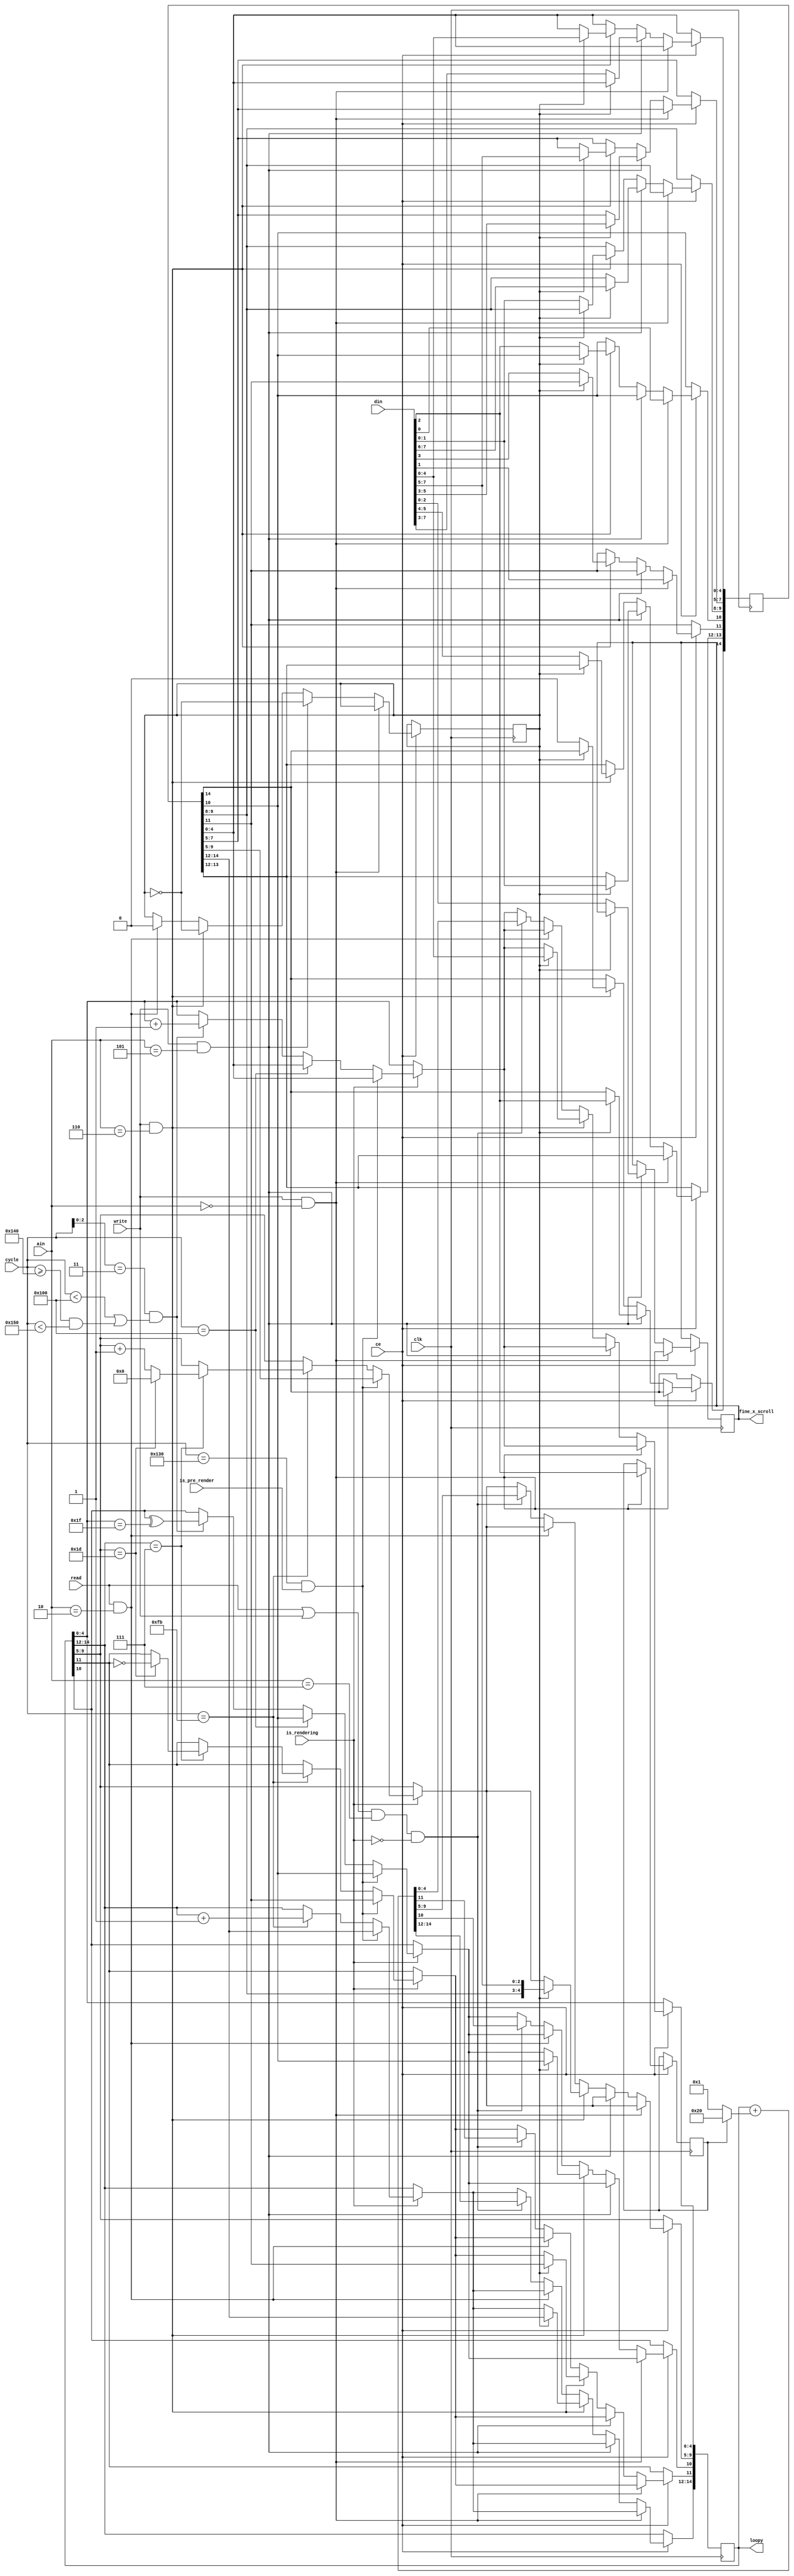
// Copyright (c) 2012-2013 Ludvig Strigeus
// This program is GPL Licensed. See COPYING for the full license.

// Module handles updating the loopy scroll register
module LoopyGen(input clk, input ce,
                input is_rendering,
                input [2:0] ain,   // input address from CPU
                input [7:0] din,   // data input
                input read,        // read
                input write,       // write
                input is_pre_render, // Is this the pre-render scanline
                input [8:0] cycle,
                output [14:0] loopy,
                output [2:0] fine_x_scroll);  // Current loopy value
  // Controls how much to increment on each write
  reg ppu_incr; // 0 = 1, 1 = 32
  // Current VRAM address
  reg [14:0] loopy_v;
  // Temporary VRAM address
  reg [14:0] loopy_t;
  // Fine X scroll (3 bits)
  reg [2:0] loopy_x;
  // Latch
  reg ppu_address_latch;
  initial begin
    ppu_incr = 0;
    loopy_v = 0;
    loopy_t = 0;
    loopy_x = 0;
    ppu_address_latch = 0;
  end
  // Handle updating loopy_t and loopy_v
  always @(posedge clk) if (ce) begin
    if (is_rendering) begin
      // Increment course X scroll right after attribute table byte was fetched.
      if (cycle[2:0] == 3 && (cycle < 256 || cycle >= 320 && cycle < 336)) begin
        loopy_v[4:0] <= loopy_v[4:0] + 1;
        loopy_v[10] <= loopy_v[10] ^ (loopy_v[4:0] == 31);
      end

      // Vertical Increment
      if (cycle == 251) begin
        loopy_v[14:12] <= loopy_v[14:12] + 1;
        if (loopy_v[14:12] == 7) begin
          if (loopy_v[9:5] == 29) begin
            loopy_v[9:5] <= 0;
            loopy_v[11] <= !loopy_v[11];
          end else begin
            loopy_v[9:5] <= loopy_v[9:5] + 1;
          end
        end
      end

      // Horizontal Reset at cycle 257
      if (cycle == 256)
        {loopy_v[10], loopy_v[4:0]} <= {loopy_t[10], loopy_t[4:0]};

      // On cycle 256 of each scanline, copy horizontal bits from loopy_t into loopy_v
      // On cycle 304 of the pre-render scanline, copy loopy_t into loopy_v
      if (cycle == 304 && is_pre_render) begin
        loopy_v <= loopy_t;
      end
    end
    if (write && ain == 0) begin
      loopy_t[10] <= din[0];
      loopy_t[11] <= din[1];
      ppu_incr <= din[2];
    end else if (write && ain == 5) begin
      if (!ppu_address_latch) begin
        loopy_t[4:0] <= din[7:3];
        loopy_x <= din[2:0];
      end else begin
        loopy_t[9:5] <= din[7:3];
        loopy_t[14:12] <= din[2:0];
      end
      ppu_address_latch <= !ppu_address_latch;
    end else if (write && ain == 6) begin
      if (!ppu_address_latch) begin
        loopy_t[13:8] <= din[5:0];
        loopy_t[14] <= 0;
      end else begin
        loopy_t[7:0] <= din;
        loopy_v <= {loopy_t[14:8], din};
      end
      ppu_address_latch <= !ppu_address_latch;
    end else if (read && ain == 2) begin
      ppu_address_latch <= 0; //Reset PPU address latch
    end else if ((read || write) && ain == 7 && !is_rendering) begin
      // Increment address every time we accessed a reg
      loopy_v <= loopy_v + (ppu_incr ? 32 : 1);
    end
  end
  assign loopy = loopy_v;
  assign fine_x_scroll = loopy_x;
endmodule


// Generates the current scanline / cycle counters
module ClockGen(input clk, input ce, input reset,
                input is_rendering,
                output reg [8:0] scanline,
                output reg [8:0] cycle,
                output reg is_in_vblank,
                output end_of_line,
                output at_last_cycle_group,
                output exiting_vblank,
                output entering_vblank,
                output reg is_pre_render);
  reg second_frame;

  // Scanline 0..239 = picture scan lines
  // Scanline 240 = dummy scan line
  // Scanline 241..260 = VBLANK
  // Scanline -1 = Pre render scanline (Fetches objects for next line)
  assign at_last_cycle_group = (cycle[8:3] == 42);
  // Every second pre-render frame is only 340 cycles instead of 341.
  assign end_of_line = at_last_cycle_group && cycle[3:0] == (is_pre_render && second_frame && is_rendering ? 3 : 4);
  // Set the clock right before vblank begins
  assign entering_vblank = end_of_line && scanline == 240;
  // Set the clock right before vblank ends
  assign exiting_vblank = end_of_line && scanline == 260;
  // New value for is_in_vblank flag
  wire new_is_in_vblank = entering_vblank ? 1'b1 : exiting_vblank ? 1'b0 : is_in_vblank;
  // Set if the current line is line 0..239
  always @(posedge clk) if (reset) begin
    cycle <= 0;
    is_in_vblank <= 1;
  end else if (ce) begin
    cycle <= end_of_line ? 0 : cycle + 1;
    is_in_vblank <= new_is_in_vblank;
  end
//  always @(posedge clk) if (ce) begin
//    $write("%x %x %x %x %x\n", new_is_in_vblank, entering_vblank, exiting_vblank, is_in_vblank, entering_vblank ? 1'b1 : exiting_vblank ? 1'b0 : is_in_vblank);

//  end
  always @(posedge clk) if (reset) begin
    scanline <= 0;
    is_pre_render <= 0;
    second_frame <= 0;
  end else if (ce && end_of_line) begin
    // Once the scanline counter reaches end of 260, it gets reset to -1.
    scanline <= exiting_vblank ? 9'b111111111 : scanline + 1;
    // The pre render flag is set while we're on scanline -1.
    is_pre_render <= exiting_vblank;

    if (exiting_vblank)
      second_frame <= !second_frame;
  end

endmodule // ClockGen

// 8 of these exist, they are used to output sprites.
module Sprite(input clk, input ce,
              input enable,
              input [3:0] load,
              input [26:0] load_in,
              output [26:0] load_out,
              output [4:0] bits); // Low 4 bits = pixel, high bit = prio
  reg [1:0] upper_color; // Upper 2 bits of color
  reg [7:0] x_coord;     // X coordinate where we want things
  reg [7:0] pix1, pix2;  // Shift registers, output when x_coord == 0
  reg aprio;             // Current prio
  wire active = (x_coord == 0);
  always @(posedge clk) if (ce) begin
    if (enable) begin
      if (!active) begin
        // Decrease until x_coord is zero.
        x_coord <= x_coord - 8'h01;
      end else begin
        pix1 <= pix1 >> 1;
        pix2 <= pix2 >> 1;
      end
    end
    if (load[3]) pix1 <= load_in[26:19];
    if (load[2]) pix2 <= load_in[18:11];
    if (load[1]) x_coord <= load_in[10:3];
    if (load[0]) {upper_color, aprio} <= load_in[2:0];
  end
  assign bits = {aprio, upper_color, active && pix2[0], active && pix1[0]};
  assign load_out = {pix1, pix2, x_coord, upper_color, aprio};
endmodule  // SpriteGen

// This contains all 8 sprites. Will return the pixel value of the highest prioritized sprite.
// When load is set, and clocked, load_in is loaded into sprite 7 and all others are shifted down.
// Sprite 0 has highest prio.
// 226 LUTs, 68 Slices
module SpriteSet(input clk, input ce,   // Input clock
                 input enable,          // Enable pixel generation
                 input [3:0] load,      // Which parts of the state to load/shift.
                 input [26:0] load_in,  // State to load with
                 output [4:0] bits,     // Output bits
                 output is_sprite0);    // Set to true if sprite #0 was output

  wire [26:0] load_out7, load_out6, load_out5, load_out4, load_out3, load_out2, load_out1, load_out0;
  wire [4:0] bits7, bits6, bits5, bits4, bits3, bits2, bits1, bits0;
  Sprite sprite7(clk, ce, enable, load, load_in,   load_out7, bits7);
  Sprite sprite6(clk, ce, enable, load, load_out7, load_out6, bits6);
  Sprite sprite5(clk, ce, enable, load, load_out6, load_out5, bits5);
  Sprite sprite4(clk, ce, enable, load, load_out5, load_out4, bits4);
  Sprite sprite3(clk, ce, enable, load, load_out4, load_out3, bits3);
  Sprite sprite2(clk, ce, enable, load, load_out3, load_out2, bits2);
  Sprite sprite1(clk, ce, enable, load, load_out2, load_out1, bits1);
  Sprite sprite0(clk, ce, enable, load, load_out1, load_out0, bits0);
  // Determine which sprite is visible on this pixel.
  assign bits = bits0[1:0] != 0 ? bits0 :
                bits1[1:0] != 0 ? bits1 :
                bits2[1:0] != 0 ? bits2 :
                bits3[1:0] != 0 ? bits3 :
                bits4[1:0] != 0 ? bits4 :
                bits5[1:0] != 0 ? bits5 :
                bits6[1:0] != 0 ? bits6 :
                                  bits7;
  assign is_sprite0 = bits0[1:0] != 0;
endmodule  // SpriteSet

module SpriteRAM(input clk, input ce,
                 input reset_line,          // OAM evaluator needs to be reset before processing is started.
                 input sprites_enabled,     // Set to 1 if evaluations are enabled
                 input exiting_vblank,      // Set to 1 when exiting vblank so spr_overflow can be reset
                 input obj_size,            // Set to 1 if objects are 16 pixels.
                 input [8:0] scanline,      // Current scan line (compared against Y)
                 input [8:0] cycle,         // Current cycle.
                 output reg [7:0] oam_bus,  // Current value on the OAM bus, returned to NES through $2004.
                 input oam_ptr_load,        // Load oam with specified value, when writing to NES $2003.
                 input oam_load,            // Load oam_ptr with specified value, when writing to NES $2004.
                 input [7:0] data_in,       // New value for oam or oam_ptr
                 output reg spr_overflow,   // Set to true if we had more than 8 objects on a scan line. Reset when exiting vblank.
                 output reg sprite0);       // True if sprite#0 is included on the scan line currently being painted.
  reg [7:0] sprtemp[0:31];   // Sprite Temporary Memory. 32 bytes.
  reg [7:0] oam[0:255];      // Sprite OAM. 256 bytes.
  reg [7:0] oam_ptr;         // Pointer into oam_ptr.
  reg [2:0] p;               // Upper 3 bits of pointer into temp, the lower bits are oam_ptr[1:0].
  reg [1:0] state;           // Current state machine state
  wire [7:0] oam_data = oam[oam_ptr];
  // Compute the current address we read/write in sprtemp.
  reg [4:0] sprtemp_ptr;
  // Check if the current Y coordinate is inside.
  wire [8:0] spr_y_coord = scanline - {1'b0, oam_data};
  wire spr_is_inside = (spr_y_coord[8:4] == 0) && (obj_size || spr_y_coord[3] == 0);
  reg [7:0] new_oam_ptr;     // [wire] New value for oam ptr
  reg [1:0] oam_inc;         // [wire] How much to increment oam ptr
  reg sprite0_curr;          // If sprite0 is included on the line being processed.
  reg oam_wrapped;           // [wire] if new_oam or new_p wrapped.

  wire [7:0] sprtemp_data = sprtemp[sprtemp_ptr];
  always @*  begin
    // Compute address to read/write in temp sprite ram
    casez({cycle[8], cycle[2]})
    2'b0_?: sprtemp_ptr = {p, oam_ptr[1:0]};
    2'b1_0: sprtemp_ptr = {cycle[5:3], cycle[1:0]}; // 1-4. Read Y, Tile, Attribs
    2'b1_1: sprtemp_ptr = {cycle[5:3], 2'b11};      // 5-8. Keep reading X.
    endcase
  end

  always @* begin
    /* verilator lint_off CASEOVERLAP */
    // Compute value to return to cpu through $2004. And also the value that gets written to temp sprite ram.
    casez({sprites_enabled, cycle[8], cycle[6], state, oam_ptr[1:0]})
    7'b1_10_??_??: oam_bus = sprtemp_data;         // At cycle 256-319 we output what's in sprite temp ram
    7'b1_??_00_??: oam_bus = 8'b11111111;                  // On the first 64 cycles (while inside state 0), we output 0xFF.
    7'b1_??_01_00: oam_bus = {4'b0000, spr_y_coord[3:0]};  // Y coord that will get written to temp ram.
    7'b?_??_??_10: oam_bus = {oam_data[7:5], 3'b000, oam_data[1:0]}; // Bits 2-4 of attrib are always zero when reading oam.
    default:       oam_bus = oam_data;                     // Default to outputting from oam.
    endcase
  end

  always @* begin
    // Compute incremented oam counters
    casez ({oam_load, state, oam_ptr[1:0]})
    5'b1_??_??: oam_inc = {oam_ptr[1:0] == 3, 1'b1};       // Always increment by 1 when writing to oam.
    5'b0_00_??: oam_inc = 2'b01;                           // State 0: On the the first 64 cycles we fill temp ram with 0xFF, increment low bits.
    5'b0_01_00: oam_inc = {!spr_is_inside, spr_is_inside}; // State 1: Copy Y coordinate and increment oam by 1 if it's inside, otherwise 4.
    5'b0_01_??: oam_inc = {oam_ptr[1:0] == 3, 1'b1};       // State 1: Copy remaining 3 bytes of the oam.
    // State 3: We've had more than 8 sprites. Set overflow flag if we found a sprite that overflowed.
    // NES BUG: It increments both low and high counters.
    5'b0_11_??: oam_inc = 2'b11;
    // While in the final state, keep incrementing the low bits only until they're zero.
    5'b0_10_??: oam_inc = {1'b0, oam_ptr[1:0] != 0};
    endcase
    /* verilator lint_on CASEOVERLAP */
    new_oam_ptr[1:0] = oam_ptr[1:0] + {1'b0, oam_inc[0]};
    {oam_wrapped, new_oam_ptr[7:2]} = {1'b0, oam_ptr[7:2]} + {6'b0, oam_inc[1]};
  end
  always @(posedge clk) if (ce) begin

    // Some bits of the OAM are hardwired to zero.
    if (oam_load)
      oam[oam_ptr] <= (oam_ptr & 3) == 2 ? data_in & 8'hE3: data_in;
    if (cycle[0] && sprites_enabled || oam_load || oam_ptr_load) begin
      oam_ptr <= oam_ptr_load ? data_in : new_oam_ptr;
    end
    // Set overflow flag?
    if (sprites_enabled && state == 2'b11 && spr_is_inside)
      spr_overflow <= 1;
    // Remember if sprite0 is included on the scanline, needed for hit test later.
    sprite0_curr <= (state == 2'b01 && oam_ptr[7:2] == 0 && spr_is_inside || sprite0_curr);

//    if (scanline == 0 && cycle[0] && (state == 2'b01 || state == 2'b00))
//      $write("Drawing sprite %d/%d. bus=%d oam_ptr=%X->%X oam_data=%X p=%d (%d %d %d)\n", scanline, cycle, oam_bus, oam_ptr, new_oam_ptr, oam_data, p,
//         cycle[0] && sprites_enabled, oam_load, oam_ptr_load);

    // Always writing to temp ram while we're in state 0 or 1.
    if (!state[1]) sprtemp[sprtemp_ptr] <= oam_bus;
    // Update state machine on every second cycle.
    if (cycle[0]) begin
      // Increment p whenever oam_ptr carries in state 0 or 1.
      if (!state[1] && oam_ptr[1:0] == 2'b11) p <= p + 1;
      // Set sprite0 if sprite1 was included on the scan line
      casez({state, (p == 7) && (oam_ptr[1:0] == 2'b11), oam_wrapped})
      4'b00_0_?: state <= 2'b00;  // State #0: Keep filling
      4'b00_1_?: state <= 2'b01;  // State #0: Until we filled 64 items.
      4'b01_?_1: state <= 2'b10;  // State #1: Goto State 2 if processed all OAM
      4'b01_1_0: state <= 2'b11;  // State #1: Goto State 3 if we found 8 sprites
      4'b01_0_0: state <= 2'b01;  // State #1: Keep comparing Y coordinates.
      4'b11_?_1: state <= 2'b10;  // State #3: Goto State 2 if processed all OAM
      4'b11_?_0: state <= 2'b11;  // State #3: Keep comparing Y coordinates
      4'b10_?_?: state <= 2'b10;  // Stuck in state 2.
      endcase
    end
    if (reset_line) begin
      state <= 0;
      p <= 0;
      oam_ptr <= 0;
      sprite0_curr <= 0;
      sprite0 <= sprite0_curr;
    end
    if (exiting_vblank)
      spr_overflow <= 0;
  end
endmodule  // SpriteRAM


// Generates addresses in VRAM where we'll fetch sprite graphics from,
// and populates load, load_in so the SpriteGen can be loaded.
// 10 LUT, 4 Slices
module SpriteAddressGen(input clk, input ce,
                        input enabled,          // If unset, |load| will be all zeros.
                        input obj_size,         // 0: Sprite Height 8, 1: Sprite Height 16.
                        input obj_patt,         // Object pattern table selection
                        input [2:0] cycle,      // Current load cycle. At #4, first bitmap byte is loaded. At #6, second bitmap byte is.
                        input [7:0] temp,       // Input temp data from SpriteTemp. #0 = Y Coord, #1 = Tile, #2 = Attribs, #3 = X Coord
                        output [12:0] vram_addr,// Low bits of address in VRAM that we'd like to read.
                        input [7:0] vram_data,  // Byte of VRAM in the specified address
                        output [3:0] load,      // Which subset of load_in that is now valid, will be loaded into SpritesGen.
                        output [26:0] load_in); // Bits to load into SpritesGen.
  reg [7:0] temp_tile;    // Holds the tile that we will get
  reg [3:0] temp_y;       // Holds the Y coord (will be swapped based on FlipY).
  reg flip_x, flip_y;     // If incoming bitmap data needs to be flipped in the X or Y direction.
  wire load_y =    (cycle == 0);
  wire load_tile = (cycle == 1);
  wire load_attr = (cycle == 2) && enabled;
  wire load_x =    (cycle == 3) && enabled;
  wire load_pix1 = (cycle == 5) && enabled;
  wire load_pix2 = (cycle == 7) && enabled;
  reg dummy_sprite; // Set if attrib indicates the sprite is invalid.
  // Flip incoming vram data based on flipx. Zero out the sprite if it's invalid. The bits are already flipped once.
  wire [7:0] vram_f = dummy_sprite ? 0 :
                      !flip_x ?      {vram_data[0], vram_data[1], vram_data[2], vram_data[3], vram_data[4], vram_data[5], vram_data[6], vram_data[7]} :
                                     vram_data;
  wire [3:0] y_f = temp_y ^ {flip_y, flip_y, flip_y, flip_y};
  assign load = {load_pix1, load_pix2, load_x, load_attr};
  assign load_in = {vram_f, vram_f, temp, temp[1:0], temp[5]};
  // If $2000.5 = 0, the tile index data is used as usual, and $2000.3
  // selects the pattern table to use. If $2000.5 = 1, the MSB of the range
  // result value become the LSB of the indexed tile, and the LSB of the tile
  // index value determines pattern table selection. The lower 3 bits of the
  // range result value are always used as the fine vertical offset into the
  // selected pattern.
  assign vram_addr = {obj_size ? temp_tile[0] : obj_patt,
                      temp_tile[7:1], obj_size ? y_f[3] : temp_tile[0], cycle[1], y_f[2:0] };
  always @(posedge clk) if (ce) begin
    if (load_y) temp_y <= temp[3:0];
    if (load_tile) temp_tile <= temp;
    if (load_attr) {flip_y, flip_x, dummy_sprite} <= {temp[7:6], temp[4]};
  end
//  always @(posedge clk) begin
//    if (load[3]) $write("Loading pix1: %x\n", load_in[26:19]);
//    if (load[2]) $write("Loading pix2: %x\n", load_in[18:11]);
//    if (load[1]) $write("Loading x: %x\n", load_in[10:3]);
//
//    if (valid_sprite && enabled)
//      $write("%d. Found %d. Flip:%d%d, Addr: %x, Vram: %x!\n", cycle, temp, flip_x, flip_y, vram_addr, vram_data);
//  end

endmodule  // SpriteAddressGen

module BgPainter(input clk, input ce,
                 input enable,             // Shift registers activated
                 input [2:0] cycle,
                 input [2:0] fine_x_scroll,
                 input [14:0] loopy,
                 output [7:0] name_table,  // VRAM name table to read next.
                 input [7:0] vram_data,
                 output [3:0] pixel);
  reg [15:0] playfield_pipe_1; // Name table pixel pipeline #1
  reg [15:0] playfield_pipe_2; // Name table pixel pipeline #2
  reg [8:0]  playfield_pipe_3; // Attribute table pixel pipe #1
  reg [8:0]  playfield_pipe_4; // Attribute table pixel pipe #2
  reg [7:0] current_name_table;      // Holds the current name table byte
  reg [1:0] current_attribute_table; // Holds the 2 current attribute table bits
  reg [7:0] bg0;                // Pixel data for last loaded background
  wire [7:0] bg1 =  vram_data;
  initial begin
    playfield_pipe_1 = 0;
    playfield_pipe_2 = 0;
    playfield_pipe_3 = 0;
    playfield_pipe_4 = 0;
    current_name_table = 0;
    current_attribute_table = 0;
    bg0 = 0;
  end
  always @(posedge clk) if (ce) begin
    case (cycle[2:0])
    1: current_name_table <= vram_data;
    3: current_attribute_table <= (!loopy[1] && !loopy[6]) ? vram_data[1:0] :
                                  ( loopy[1] && !loopy[6]) ? vram_data[3:2] :
                                  (!loopy[1] &&  loopy[6]) ? vram_data[5:4] :
                                                             vram_data[7:6];
    5: bg0 <= vram_data; // Pattern table bitmap #0
//    7: bg1 <= vram_data; // Pattern table bitmap #1
    endcase
    if (enable) begin
      playfield_pipe_1[14:0] <= playfield_pipe_1[15:1];
      playfield_pipe_2[14:0] <= playfield_pipe_2[15:1];
      playfield_pipe_3[7:0] <= playfield_pipe_3[8:1];
      playfield_pipe_4[7:0] <= playfield_pipe_4[8:1];
      // Load the new values into the shift registers at the last pixel.
      if (cycle[2:0] == 7) begin
        playfield_pipe_1[15:8] <= {bg0[0], bg0[1], bg0[2], bg0[3], bg0[4], bg0[5], bg0[6], bg0[7]};
        playfield_pipe_2[15:8] <= {bg1[0], bg1[1], bg1[2], bg1[3], bg1[4], bg1[5], bg1[6], bg1[7]};
        playfield_pipe_3[8] <= current_attribute_table[0];
        playfield_pipe_4[8] <= current_attribute_table[1];
      end
    end
  end
  assign name_table = current_name_table;
  wire [3:0] i = {1'b0, fine_x_scroll};
  assign pixel = {playfield_pipe_4[i], playfield_pipe_3[i],
                  playfield_pipe_2[i], playfield_pipe_1[i]};
endmodule  // BgPainter

module PixelMuxer(input [3:0] bg, input [3:0] obj, input obj_prio, output [3:0] out, output is_obj);
  wire bg_flag = bg[0] | bg[1];
  wire obj_flag = obj[0] | obj[1];
  assign is_obj = !(obj_prio && bg_flag) && obj_flag;
  assign out = is_obj ? obj : bg;
endmodule


module PaletteRam(input clk, input ce, input [4:0] addr, input [5:0] din, output [5:0] dout, input write);
  reg [5:0] palette [0:31];
  initial begin
     //$readmemh("oam_palette.txt", palette);
  end
  // Force read from backdrop channel if reading from any addr 0.
  wire [4:0] addr2 = (addr[1:0] == 0) ? 0 : addr;
  assign dout = palette[addr2];
  always @(posedge clk) if (ce && write) begin
    // Allow writing only to x0
    if (!(addr[3:2] != 0 && addr[1:0] == 0))
      palette[addr2] <= din;
  end
endmodule  // PaletteRam

module PPU(input clk, input ce, input reset,   // input clock  21.48 MHz / 4. 1 clock cycle = 1 pixel
           output [5:0] color, // output color value, one pixel outputted every clock
           input [7:0] din,   // input data from bus
           output [7:0] dout, // output data to CPU
           input [2:0] ain,   // input address from CPU
           input read,        // read
           input write,       // write
           output nmi,    // one while inside vblank
           output vram_r, // read from vram active
           output vram_w, // write to vram active
           output [13:0] vram_a, // vram address
           input [7:0] vram_din, // vram input
           output [7:0] vram_dout,
           output [8:0] scanline,
           output [8:0] cycle,
           output [19:0] mapper_ppu_flags);
  // These are stored in control register 0
  reg obj_patt; // Object pattern table
  reg bg_patt;  // Background pattern table
  reg obj_size; // 1 if sprites are 16 pixels high, else 0.
  reg vbl_enable;  // Enable VBL flag
  // These are stored in control register 1
  reg grayscale; // Disable color burst
  reg playfield_clip;     // 0: Left side 8 pixels playfield clipping
  reg object_clip;        // 0: Left side 8 pixels object clipping
  reg enable_playfield;   // Enable playfield display
  reg enable_objects;     // Enable objects display
  reg [2:0] color_intensity; // Color intensity

  initial begin
    obj_patt = 0;
    bg_patt = 0;
    obj_size = 0;
    vbl_enable = 0;
    grayscale = 0;
    playfield_clip = 0;
    object_clip = 0;
    enable_playfield = 0;
    enable_objects = 0;
    color_intensity = 0;
  end

  reg nmi_occured;         // True if NMI has occured but not cleared.
  reg [7:0] vram_latch;
  // Clock generator
  wire is_in_vblank;        // True if we're in VBLANK
  //wire [8:0] scanline;      // Current scanline
  //wire [8:0] cycle;         // Current cycle inside of the line
  wire end_of_line;         // At the last pixel of a line
  wire at_last_cycle_group; // At the very last cycle group of the scan line.
  wire exiting_vblank;      // At the very last cycle of the vblank
  wire entering_vblank;     //
  wire is_pre_render_line;  // True while we're on the pre render scanline
  wire is_rendering = (enable_playfield || enable_objects) && !is_in_vblank && scanline != 240;

  ClockGen clock(clk, ce, reset, is_rendering, scanline, cycle, is_in_vblank, end_of_line, at_last_cycle_group,
                 exiting_vblank, entering_vblank, is_pre_render_line);


  // The loopy module handles updating of the loopy address
  wire [14:0] loopy;
  wire [2:0] fine_x_scroll;
  LoopyGen loopy0(clk, ce, is_rendering, ain, din, read, write, is_pre_render_line, cycle, loopy, fine_x_scroll);
  // Set to true if the current ppu_addr pointer points into
  // palette ram.
  wire is_pal_address = (loopy[13:8] == 6'b111111);

  // Paints background
  wire [7:0] bg_name_table;
  wire [3:0] bg_pixel_noblank;
  BgPainter bg_painter(clk, ce, !at_last_cycle_group, cycle[2:0], fine_x_scroll, loopy, bg_name_table, vram_din, bg_pixel_noblank);

  // Blank out BG in the leftmost 8 pixels?
  wire show_bg_on_pixel = (playfield_clip || (cycle[7:3] != 0)) && enable_playfield;
  wire [3:0] bg_pixel = {bg_pixel_noblank[3:2], show_bg_on_pixel ? bg_pixel_noblank[1:0] : 2'b00};

  // This will set oam_ptr to 0 right before the scanline 240 and keep it there throughout vblank.
  wire before_line = (enable_playfield || enable_objects) && (exiting_vblank || end_of_line && !is_in_vblank);
  wire [7:0] oam_bus;
  wire sprite_overflow;
  wire obj0_on_line;                        // True if sprite#0 is included on the current line
  SpriteRAM sprite_ram(clk, ce,
                       before_line,         // Condition for resetting the sprite line state.
                       is_rendering,        // Condition for enabling sprite ram logic. Check so we're not on
                       exiting_vblank,
                       obj_size,
                       scanline, cycle,
                       oam_bus,
                       write && (ain == 3), // Write to oam_ptr
                       write && (ain == 4), // Write to oam[oam_ptr]
                       din,
                       sprite_overflow,
                       obj0_on_line);
  wire [4:0] obj_pixel_noblank;
  wire [12:0] sprite_vram_addr;
  wire is_obj0_pixel;               // True if obj_pixel originates from sprite0.
  wire [3:0] spriteset_load;          // Which subset of the |load_in| to load into SpriteSet
  wire [26:0] spriteset_load_in;      // Bits to load into SpriteSet
  // Between 256..319 (64 cycles), fetches bitmap data for the 8 sprites and fills in the SpriteSet
  // so that it can start drawing on the next frame.
  SpriteAddressGen address_gen(clk, ce,
                               cycle[8] && !cycle[6],     // Load sprites between 256..319
                               obj_size, obj_patt,        // Object size and pattern table
                               cycle[2:0],                // Cycle counter
                               oam_bus,                   // Info from temp buffer.
                               sprite_vram_addr,          // [out] VRAM Address that we want data from
                               vram_din,                  // [in] Data at the specified address
                               spriteset_load,
                               spriteset_load_in);        // Which parts of SpriteGen to load
  // Between 0..255 (256 cycles), draws pixels.
  // Between 256..319 (64 cycles), will be populated for next line
  SpriteSet sprite_gen(clk, ce, !cycle[8], spriteset_load, spriteset_load_in, obj_pixel_noblank, is_obj0_pixel);
  // Blank out obj in the leftmost 8 pixels?
  wire show_obj_on_pixel = (object_clip || (cycle[7:3] != 0)) && enable_objects;
  wire [4:0] obj_pixel = {obj_pixel_noblank[4:2], show_obj_on_pixel ? obj_pixel_noblank[1:0] : 2'b00};

  reg sprite0_hit_bg;            // True if sprite#0 has collided with the BG in the last frame.
  always @(posedge clk) if (ce) begin
    if (exiting_vblank)
      sprite0_hit_bg <= 0;
    else if (is_rendering &&         // Object rendering is enabled
             !cycle[8] &&            // X Pixel 0..255
             cycle[7:0] != 255 &&    // X pixel != 255
             !is_pre_render_line &&  // Y Pixel 0..239
             obj0_on_line &&         // True if sprite#0 is included on the scan line.
             is_obj0_pixel &&        // True if the pixel came from tempram #0.
             show_obj_on_pixel &&
             bg_pixel[1:0] != 0) begin // Background pixel nonzero.
      sprite0_hit_bg <= 1;

    end

//    if (!cycle[8] && is_visible_line && obj0_on_line && is_obj0_pixel)
//      $write("Sprite0 hit bg scan %d!!\n", scanline);

//    if (is_obj0_pixel)
//      $write("drawing obj0 pixel %d/%d\n", scanline, cycle);
  end

  wire [3:0] pixel;
  wire pixel_is_obj;
  PixelMuxer pixel_muxer(bg_pixel, obj_pixel[3:0], obj_pixel[4], pixel, pixel_is_obj);

  // Compute the value to put on the VRAM address bus
  assign vram_a = !is_rendering    ? loopy[13:0] : // VRAM
                  (cycle[2:1] == 0)     ? {2'b10, loopy[11:0]} : // Name table
                  (cycle[2:1] == 1)     ? {2'b10, loopy[11:10], 4'b1111, loopy[9:7], loopy[4:2]} : // Attribute table
                  cycle[8] && !cycle[6] ? {1'b0, sprite_vram_addr} :
                                          {1'b0, bg_patt, bg_name_table, cycle[1], loopy[14:12]}; // Pattern table bitmap #0, #1
  // Read from VRAM, either when user requested a manual read, or when we're generating pixels.
  assign vram_r = read && (ain == 7) ||
                  is_rendering && cycle[0] == 0 && !end_of_line;

  // Write to VRAM?
  assign vram_w = write && (ain == 7) && !is_pal_address && !is_rendering;

  wire [5:0] color2;
  PaletteRam palette_ram(clk, ce,
                         is_rendering ? {pixel_is_obj, pixel[3:0]} : (is_pal_address ? loopy[4:0] : 5'b0000), // Read addr
                         din[5:0], // Value to write
                         color2,    // Output color
                         write && (ain == 7) && is_pal_address); // Condition for writing
  assign color = grayscale ? {color2[5:4], 4'b0} : color2;
//  always @(posedge clk)
//  if (scanline == 194 && cycle < 8 && color == 15) begin
//    $write("Pixel black %x %x %x %x %x\n", bg_pixel,obj_pixel,pixel,pixel_is_obj,color);
//  end


  always @(posedge clk) if (ce) begin
//    if (!is_in_vblank && write)
//      $write("%d/%d: $200%d <= %x\n", scanline, cycle, ain, din);
    if (write) begin
      case (ain)
      0: begin // PPU Control Register 1
      // t:....BA.. ........ = d:......BA
        obj_patt <= din[3];
        bg_patt <= din[4];
        obj_size <= din[5];
        vbl_enable <= din[7];

        //$write("PPU Control #0 <= %X\n", din);
      end
      1: begin // PPU Control Register 2
        grayscale <= din[0];
        playfield_clip <= din[1];
        object_clip <= din[2];
        enable_playfield <= din[3];
        enable_objects <= din[4];
        color_intensity <= din[7:5];
        if (!din[3] && scanline == 59)
          $write("Disabling playfield at cycle %d\n", cycle);
      end
      endcase
    end

    // Reset frame specific counters upon exiting vblank
    if (exiting_vblank)
      nmi_occured <= 0;
    // Set the
    if (entering_vblank)
      nmi_occured <= 1;
    // Reset NMI register when reading from Status
    if (read && ain == 2)
      nmi_occured <= 0;
  end

  // If we're triggering a VBLANK NMI
  assign nmi = nmi_occured && vbl_enable;

  // One cycle after vram_r was asserted, the value
  // is available on the bus.
  reg vram_read_delayed;
  always @(posedge clk) if (ce) begin
    if (vram_read_delayed)
      vram_latch <= vram_din;
    vram_read_delayed = vram_r;
  end

  // Value currently being written to video ram
  assign vram_dout = din;

  reg [7:0] latched_dout;
  always @* begin
    case (ain)
    2: latched_dout = {nmi_occured,
               sprite0_hit_bg,
               sprite_overflow,
               5'b00000};
    4: latched_dout = oam_bus;
    default: if (is_pal_address) begin
        latched_dout = {2'b00, color};
      end else begin
        latched_dout = vram_latch;
      end
    endcase
  end

  assign dout = latched_dout;


  assign mapper_ppu_flags = {scanline, cycle, obj_size, is_rendering};

endmodule  // PPU